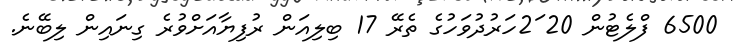
6500 ފްލެޓުން 20 2ަހަރުދުވަހުގެ ތެރޭ 17 ބިލިއަން ރުފިޔާއަށްވުރެ ގިނައިން ލިބޭނެ.